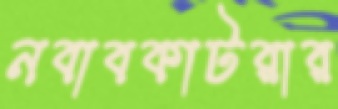
নবাবকাটরার